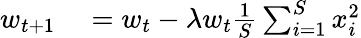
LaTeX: \begin{array}{rl}{w_{t+1}}&{{}=w_{t}-\lambda w_{t}\frac{1}{S}\sum_{i=1}^{S}x_{i}^{2}}\end{array}